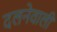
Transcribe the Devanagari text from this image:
दलनेवाली